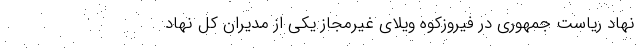
نهاد ریاست جمهوری در فیروزکوه ویلای غیرمجاز یکی از مدیران کل نهاد